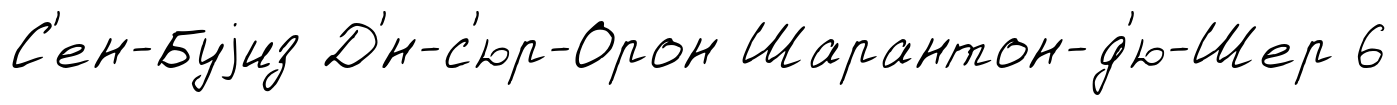
С'ен-Буjиз Д'́н-с'юр-Орон Шарантон-д'ю-Шер 6